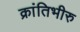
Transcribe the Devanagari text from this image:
क्रांतिभीरु